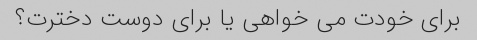
برای خودت می خواهی یا برای دوست دخترت؟